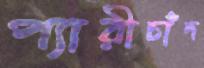
প্যারীচাঁদ